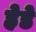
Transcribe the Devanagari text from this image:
हेडे